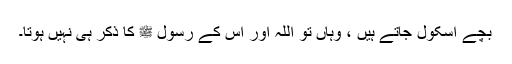
بچے اسکول جاتے ہیں ، وہاں تو اللہ اور اس کے رسول ﷺ کا ذکر ہی نہیں ہوتا۔